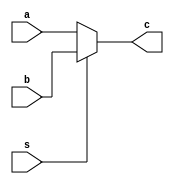
module MUX(a , b ,c , s);
input [31:0]a;
input [31:0]b;
input s;
output [31:0]c ;
//assign c= (s==1)?a:b; 
assign c= (s==0)?a:b;
endmodule
module t_MUX;
reg [31:0]a;
reg [31:0]b;
reg s;
wire [31:0]c;
parameter time_out = 100;
MUX u1(a , b ,c , s);
//initial $monitor($time," pc %h , a %h ,ALU_result %h ,wr_data  %h ,rd_data %h ,Regwrite %d, ALUsrc %d, Memtoreg %d, Memread %d, Memwrite %d, Branch %d,PCsrc %d " ,pc,a,ALU_result ,wr_data,rd_data,Regwrite, ALUsrc, Memtoreg, Memread, Memwrite, Branch,PCsrc );
initial begin
	#10 a = 0; 
    b=1;
 s=0;

end

endmodule